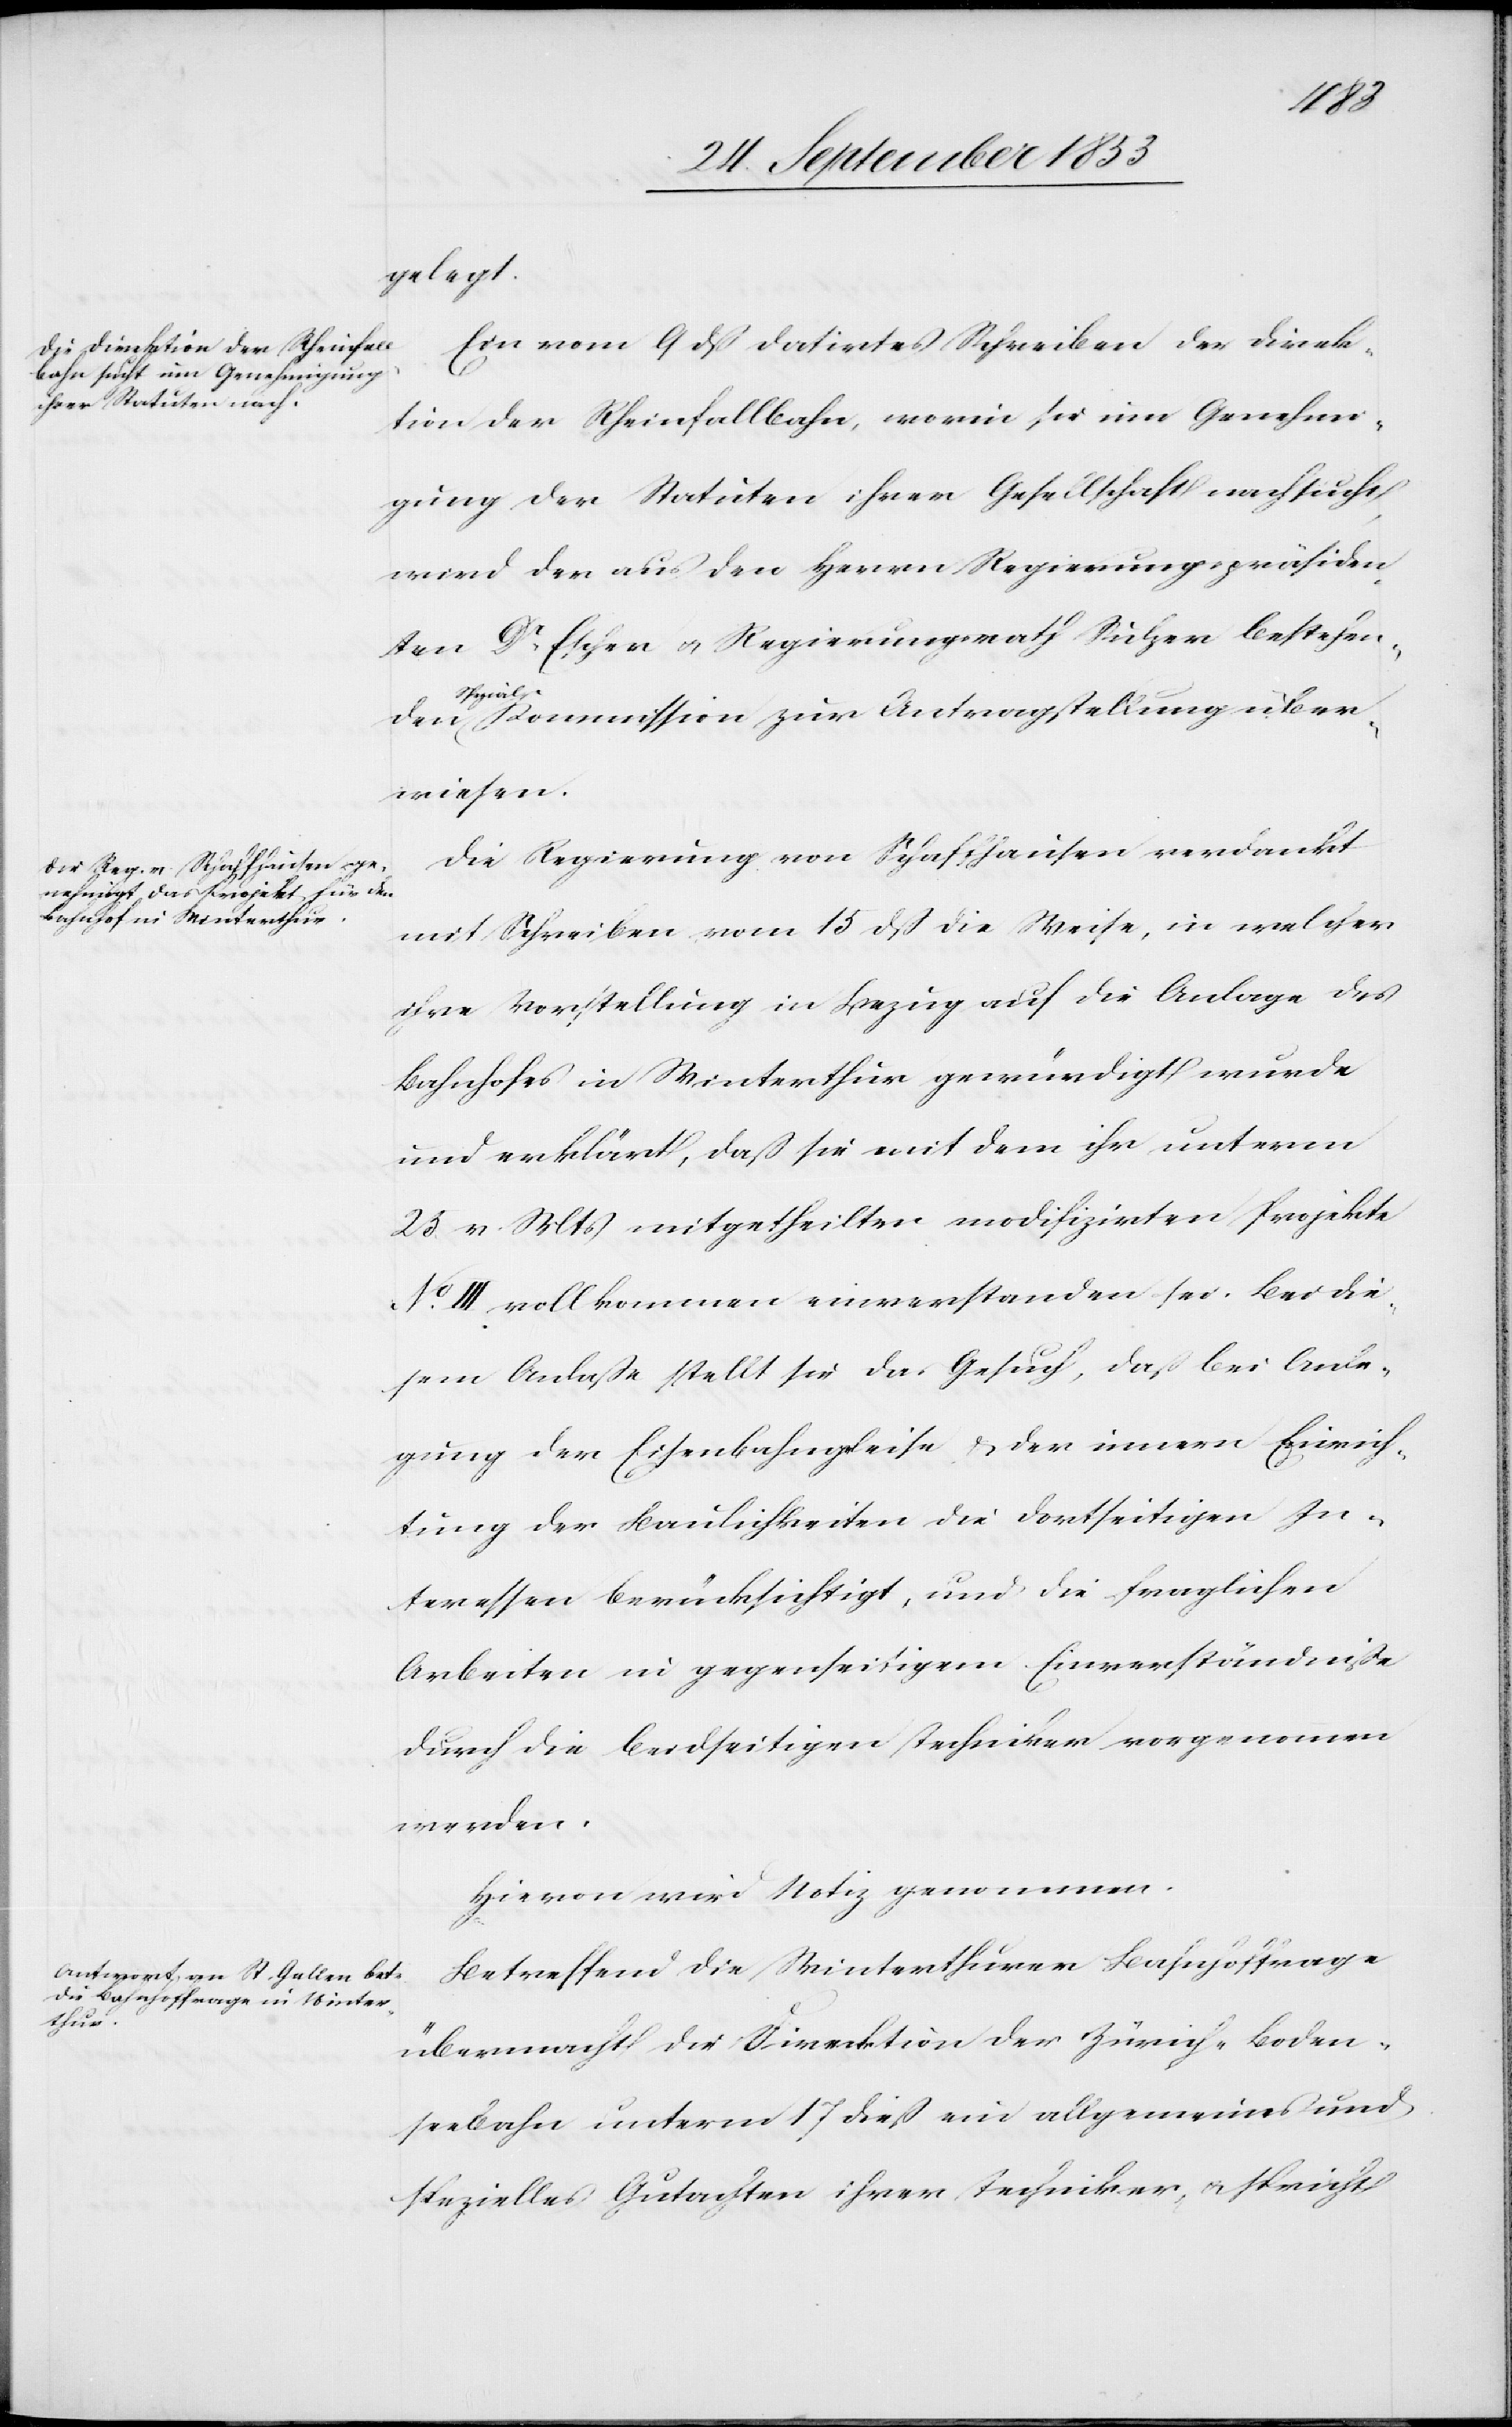
gelegt.
Ein vom 9 dß datirtes Schreiben der Direk¬
tion der Rheinfallbahn, worin sie um Genehmi¬
gung der Statuten ihrer Gesellschaft nachsucht,
wird den aus den Herrn Regierungspräsiden¬
ten Dr Escher u. Regierungsrath Sulzer bestehen¬
den Theil-Kommission zur Antragstellung über¬
wiesen.
Die Regierung von Schaffhausen verdankt
mit Schreiben vom 15 dß die Weise, in welcher
ihre Vorstellung in Bezug auf die Anlage des
Bahnhofes in Winterthur gewürdigt wurde
und erklärt, daß sie mit dem ihr unterm
23 v. Mts. mitgetheilten modifizirten Projekte
III vollkommen einverstanden sei. Bei die¬
sem Anlaße stellt sie das Gesuch, daß bei Anle¬
gung der Eisenbahngleise u. der innern Einrich¬
tung der Baulichkeiten die dortseitigen In¬
teressen berücksichtigt, und die fraglichen
Arbeiten in gegenseitigem Einverständniße
durch die beidseitigen Techniker vorgenommen
werden.
Hievon wird Notiz genommen.
Betreffend die Winterthurer Bahnhoffrage
übermacht die Direktion der Zürich-Boden¬
seebahn unterm 17 dieß ein allgemeines und
spezielles Gutachten ihrer Techniker u. spricht